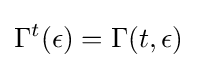
\Gamma ^{t}(\epsilon )=\Gamma (t,\epsilon )